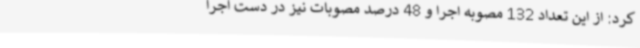
کرد: از این تعداد 132 مصوبه اجرا و 48 درصد مصوبات نیز در دست اجرا